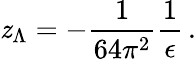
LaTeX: \mathit{z}_{\Lambda}=-\frac{{1}}{{64\pi^{2}}}\frac{{1}}{{\epsilon}}\, .